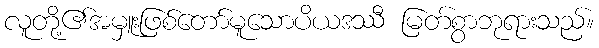
လူတို့၏အမှူးဖြစ်တော်မူသောပိယဒဿီ မြတ်စွာဘုရားသည်။